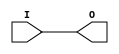
// $Header: /devl/xcs/repo/env/Databases/CAEInterfaces/verunilibs/data/unisims/BUFG.v,v 1.6 2007/05/23 21:43:33 patrickp Exp $
///////////////////////////////////////////////////////////////////////////////
// Copyright (c) 1995/2004 Xilinx, Inc.
// All Right Reserved.
///////////////////////////////////////////////////////////////////////////////
//   ____  ____
//  /   /\/   /
// /___/  \  /    Vendor : Xilinx
// \   \   \/     Version : 10.1
//  \   \         Description : Xilinx Functional Simulation Library Component
//  /   /                  Global Clock Buffer
// /___/   /\     Filename : BUFG.v
// \   \  /  \    Timestamp : Thu Mar 25 16:42:14 PST 2004
//  \___\/\___\
//
// Revision:
//    03/23/04 - Initial version.
//    05/23/07 - Changed timescale to 1 ps / 1 ps.
//    12/13/11 - Added `celldefine and `endcelldefine (CR 524859).
// End Revision

`timescale  1 ps / 1 ps

`celldefine

module BUFG (O, I);
    

`ifdef XIL_TIMING

    parameter LOC = " UNPLACED";
    reg notifier;

`endif


    output O;
    input  I;

    buf B1 (O, I);

`ifdef XIL_TIMING
    
    specify
        (I => O) = (0:0:0, 0:0:0);
        $period (posedge I, 0:0:0, notifier);
        specparam PATHPULSE$ = 0;
    endspecify
    
`endif

endmodule

`endcelldefine